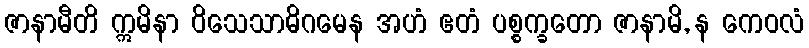
ဇာနာမီတိ ဣမိနာ ဝိသေသာဓိဂမေန အဟံ ဧတံ ပစ္စက္ခတော ဇာနာမိ, န ကေဝလံ